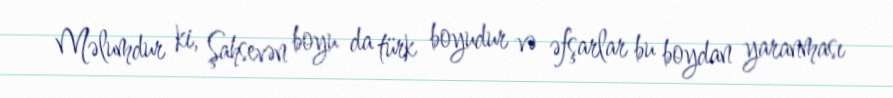
Məlumdur ki, Şahsevən boyu da türk boyudur və əfşarlar bu boydan yaranması